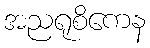
အညရုစိကေန